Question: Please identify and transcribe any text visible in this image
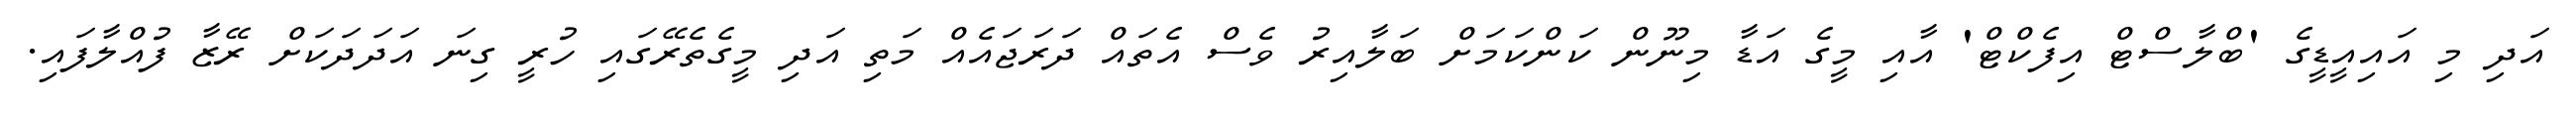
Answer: އަދި މި އައިއީޑީގެ 'ބްލާސްޓް އިފެކްޓް' އާއި މީގެ އަޑާ މިނޫން ކަންކަމަށް ބަލާއިރު ވެސް އެތައް ދަރަޖައެއް މަތި އަދި މީގެތެރޭގައި ހުރީ ގިނަ އަދަދަކަށް ރޭޒާ ފުއްލާފައި.